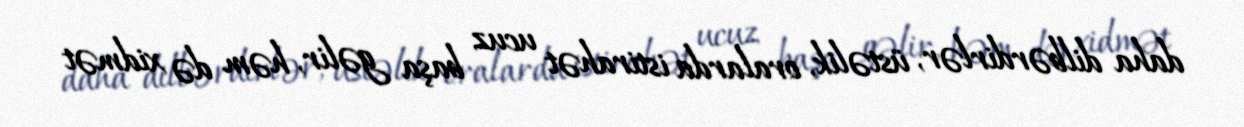
daha dilbərdirlər, üstəlik, oralarda istirahət ucuz başa gəlir, həm də xidmət